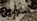
هاربين